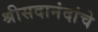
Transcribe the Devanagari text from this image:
श्रीसदानंदांचे